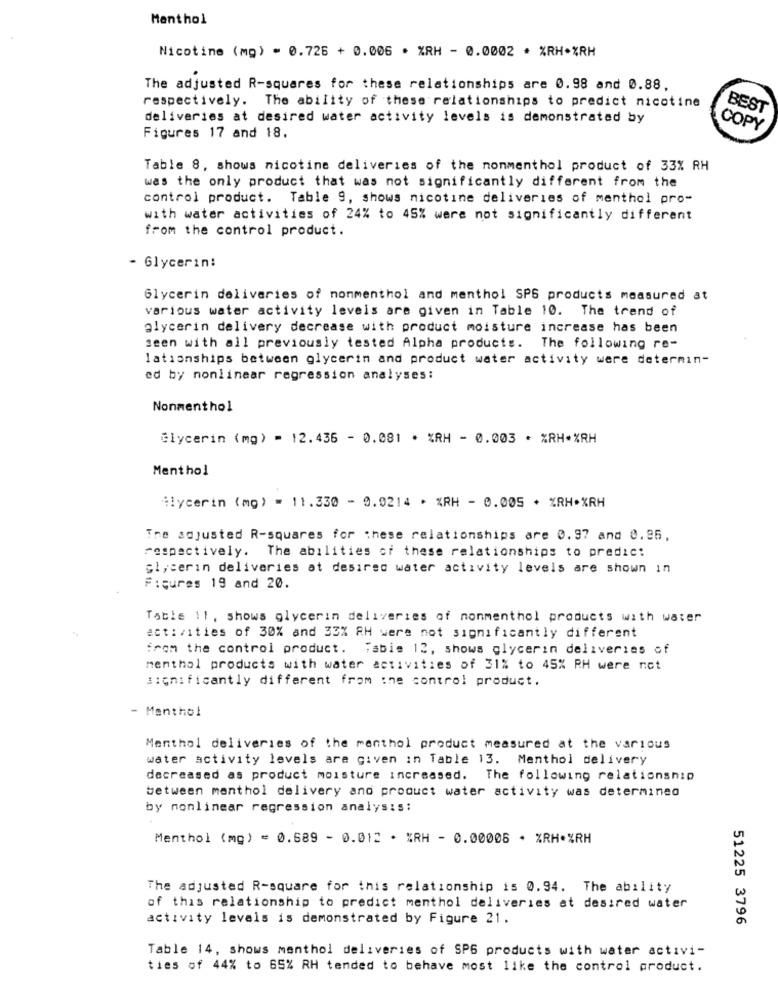
Menthol
Nicotine (mo) = 0.726 + 0.006 · %RH - 0.0002 · %RH*%RH
The adjusted R-squares for these relationships are 0.98 and 0.88,
respectively. The ability of these relationships to predict nicotine
BEST
deliveries at desired water activity levels is demonstrated by
COPY
Figures 17 and 18.
Table 8, shows nicotine deliveries of the nonmenthol product of 33% RH
was the only product that was not significantly different from the
control product. Table 9, shows nicotine deliveries of menthol pro-
with water activities of 24% to 45% were not significantly different
from the control product.
- Glycerin:
Glycerin deliveries of nonmenthol and menthol SPS products measured at
various water activity levels are given in Table 10. The trend of
glycerin delivery decrease with product moisture increase has been
seen with all previously tested Alpha products. The following re-
lationships between glycerin and product water activity were determin-
ed by nonlinear regression analyses:
Nonmenthol
Glycerin (mg) = 12.436 - 0.081 * %RH - 0.003 · %RH*%RH
Menthol
ilycerin (mg) = 11.330 - 9.0214 · %RH - 0.005 + %RH*%RH
The adjusted R-squares for these relationships are 0.97 and 0.25,
respectively. The abilities of these relationships to predic:
glycerin deliveries at desired water activity levels are shown in
Figures 19 and 20.
Table 11, shows glycerin deliveries of nonmenthol products with water
activities of 30% and 33% RH were not significantly different
from the control product. Fabie 12, shows glycerin deliveries of
menthol products with water activities of 31% to 45% RH were not
significantly different from the control product.
Menthol
Menthol deliveries of the menthol product measured at the various
water activity levels are given in Table 13. Menthol delivery
decreased as product moisture increased. The following relationship
between menthol delivery and product water activity was determined
by nonlinear regression analysis:
Menthol (mg) = 0.689 - 0.012 · %RH - 0.00006 + %RH+%RH
The adjusted R-square for this relationship is 0.94. The ability
of this relationship to predict menthol deliveries at desired water
activity levels is demonstrated by Figure 21.
51225 3796
Table 14, shows menthol deliveries of SPG products with water activi-
ties of 44% to 65% RH tended to behave most like the control product.